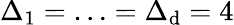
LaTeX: \Delta_{1}=\ldots=\Delta_{\mathrm{d}}=4